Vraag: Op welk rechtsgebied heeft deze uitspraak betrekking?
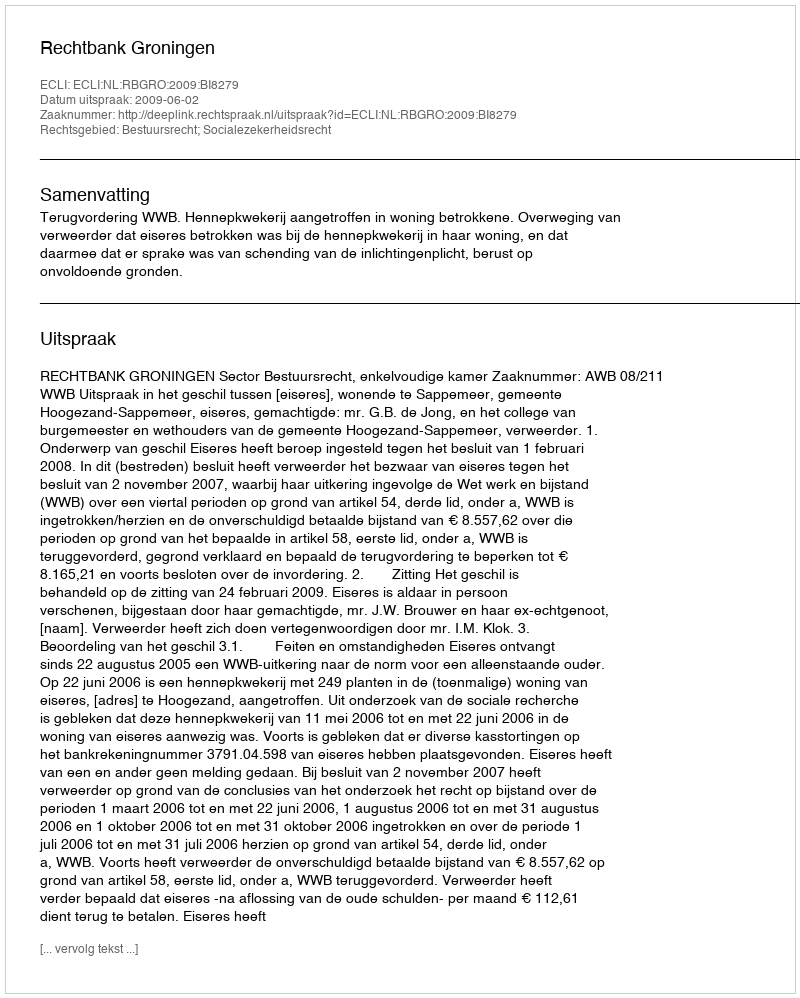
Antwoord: Bestuursrecht; Socialezekerheidsrecht